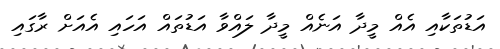
އަޑުތަކާއި އެއް މީދާ އަނެއް މީދާ ލައްވާ އަޑުތައް އަހައި އެއަށް ރާގައި